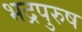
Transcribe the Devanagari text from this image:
भद्रपुरुष